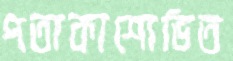
পতাকাশোভিত